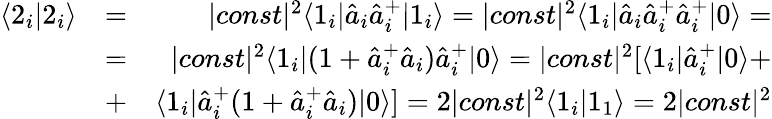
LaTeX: \begin{array}{rlr}{\langle 2_{i}|2_{i}\rangle}&{=}&{|const|^{2}\langle 1_{i}|\hat{a}_{i}\hat{a}_{i}^{+}|1_{i}\rangle=|const|^{2}\langle 1_{i}|\hat{a}_{i}\hat{a}_{i}^{+}\hat{a}_{i}^{+}|0\rangle=}\\ &{=}&{|const|^{2}\langle 1_{i}|(1+\hat{a}_{i}^{+}\hat{a}_{i})\hat{a}_{i}^{+}|0\rangle=|const|^{2}[\langle 1_{i}|\hat{a}_{i}^{+}|0\rangle+}\\ &{+}&{\langle 1_{i}|\hat{a}_{i}^{+}(1+\hat{a}_{i}^{+}\hat{a}_{i})|0\rangle]=2|const|^{2}\langle 1_{i}|1_{1}\rangle=2|const|^{2}}\end{array}